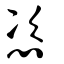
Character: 恣